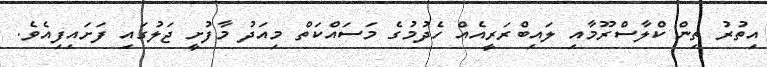
އިތުރު ތިން ކްލާސްރޫމާއި ލައިބްރަރީއެއް ހެދުމުގެ މަސައްކަތް މިއަދުު މާފުށީ ޖަލުގައި ފަށައިފިއެވެ.